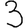
Digit: 3